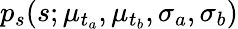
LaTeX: p_{s}(s;\mu_{t_{a}},\mu_{t_{b}},\sigma_{a},\sigma_{b})